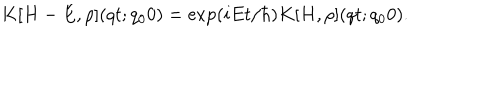
K [ H - E , \rho ] ( q t ; q _ { 0 } 0 ) = \exp ( i E t / \hbar ) K [ H , \rho ] ( q t ; q _ { 0 } 0 ) .